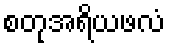
စတုအရိယဖလံ